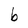
Character: b